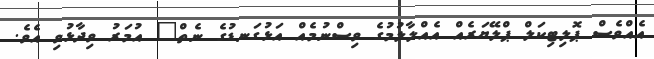
އެއްވެސް ޕޮލިޓިކަލް ޕްލޭޔަރެއް އެއްލާލުމުގެ ވިސްނުމެއް އަޅުގަނޑުގެ ނެތް" އުމަރު ވިދާޅުވި އެވެ.